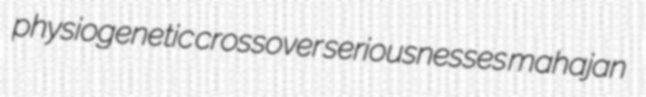
physiogenetic crossover seriousnesses mahajan